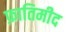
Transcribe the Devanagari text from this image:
फ़ातिमीद